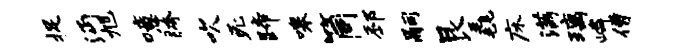
捉沔旭噫胯吹死蹄嗥筒邳嗣艮毳床满璃嶙僧